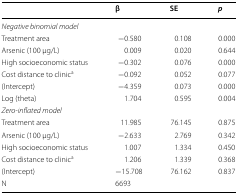
<table><thead><tr><td></td><td><b>β</b></td><td><b>SE</b></td><td><b><i>p</i></b></td></tr></thead><tbody><tr><td><i>Negative binomial model</i></td><td></td><td></td><td></td></tr><tr><td>Treatment area</td><td>−0.580</td><td>0.108</td><td>0.000</td></tr><tr><td>Arsenic (100 μg/L)</td><td>0.009</td><td>0.020</td><td>0.644</td></tr><tr><td>High socioeconomic status</td><td>−0.302</td><td>0.076</td><td>0.000</td></tr><tr><td>Cost distance to clinic<sup>a</sup></td><td>−0.092</td><td>0.052</td><td>0.077</td></tr><tr><td>(Intercept)</td><td>−4.359</td><td>0.073</td><td>0.000</td></tr><tr><td>Log (theta)</td><td>1.704</td><td>0.595</td><td>0.004</td></tr><tr><td><i>Zero-inflated model</i></td><td></td><td></td><td></td></tr><tr><td>Treatment area</td><td>11.985</td><td>76.145</td><td>0.875</td></tr><tr><td>Arsenic (100 μg/L)</td><td>−2.633</td><td>2.769</td><td>0.342</td></tr><tr><td>High socioeconomic status</td><td>1.007</td><td>1.334</td><td>0.450</td></tr><tr><td>Cost distance to clinic<sup>a</sup></td><td>1.206</td><td>1.339</td><td>0.368</td></tr><tr><td>(Intercept)</td><td>−15.708</td><td>76.162</td><td>0.837</td></tr><tr><td>N</td><td>6693</td><td></td><td></td></tr></tbody></table>